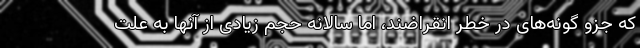
که جزو گونه‌های در خطر انقراضند، اما سالانه حجم زیادی از آنها به علت